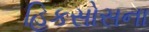
હિકસોસના